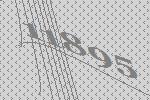
11895